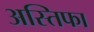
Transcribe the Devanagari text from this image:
अस्तिफा